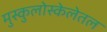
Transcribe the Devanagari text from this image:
मुस्कुलोस्केलेतल